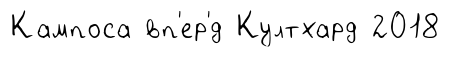
Кампоса вп'ер'́д Култхард 2018